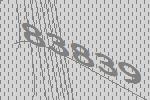
83839